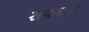
સવલતો